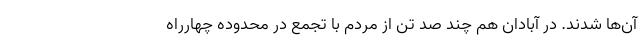
آن‌ها شدند. در آبادان هم چند صد تن از مردم با تجمع در محدوده چهارراه